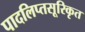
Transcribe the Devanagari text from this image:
पादलिप्तसूरिकृत